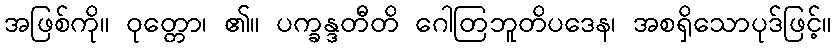
အဖြစ်ကို။ ဝုတ္တော၊ ၏။ ပက္ခန္ဒတီတိ ဂေါတြဘူတိပဒေန၊ အစရှိသောပုဒ်ဖြင့်။